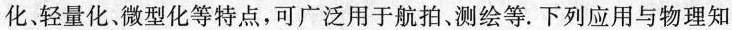
化、轻量化、微型化等特点，可广泛用于航拍、测绘等.下列应用与物理知